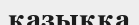
қазыққа